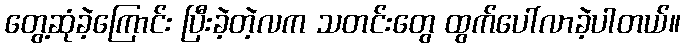
တွေ့ဆုံခဲ့ကြောင်း ပြီးခဲ့တဲ့လက သတင်းတွေ ထွက်ပေါ်လာခဲ့ပါတယ်။